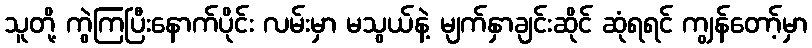
သူတို့ ကွဲကြပြီးနောက်ပိုင်း လမ်းမှာ မသွယ်နဲ့ မျက်နှာချင်းဆိုင် ဆုံရရင် ကျွန်တော့်မှာ